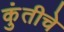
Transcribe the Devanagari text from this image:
कुंतीचे